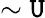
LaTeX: \sim\mathtt{U}